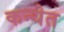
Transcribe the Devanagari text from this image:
कन्येत